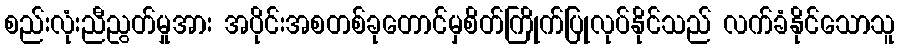
စည်းလုံးညီညွတ်မှုအား အပိုင်းအစတစ်ခုတောင်မှစိတ်ကြိုက်ပြုလုပ်နိုင်သည် လက်ခံနိုင်သောသူ